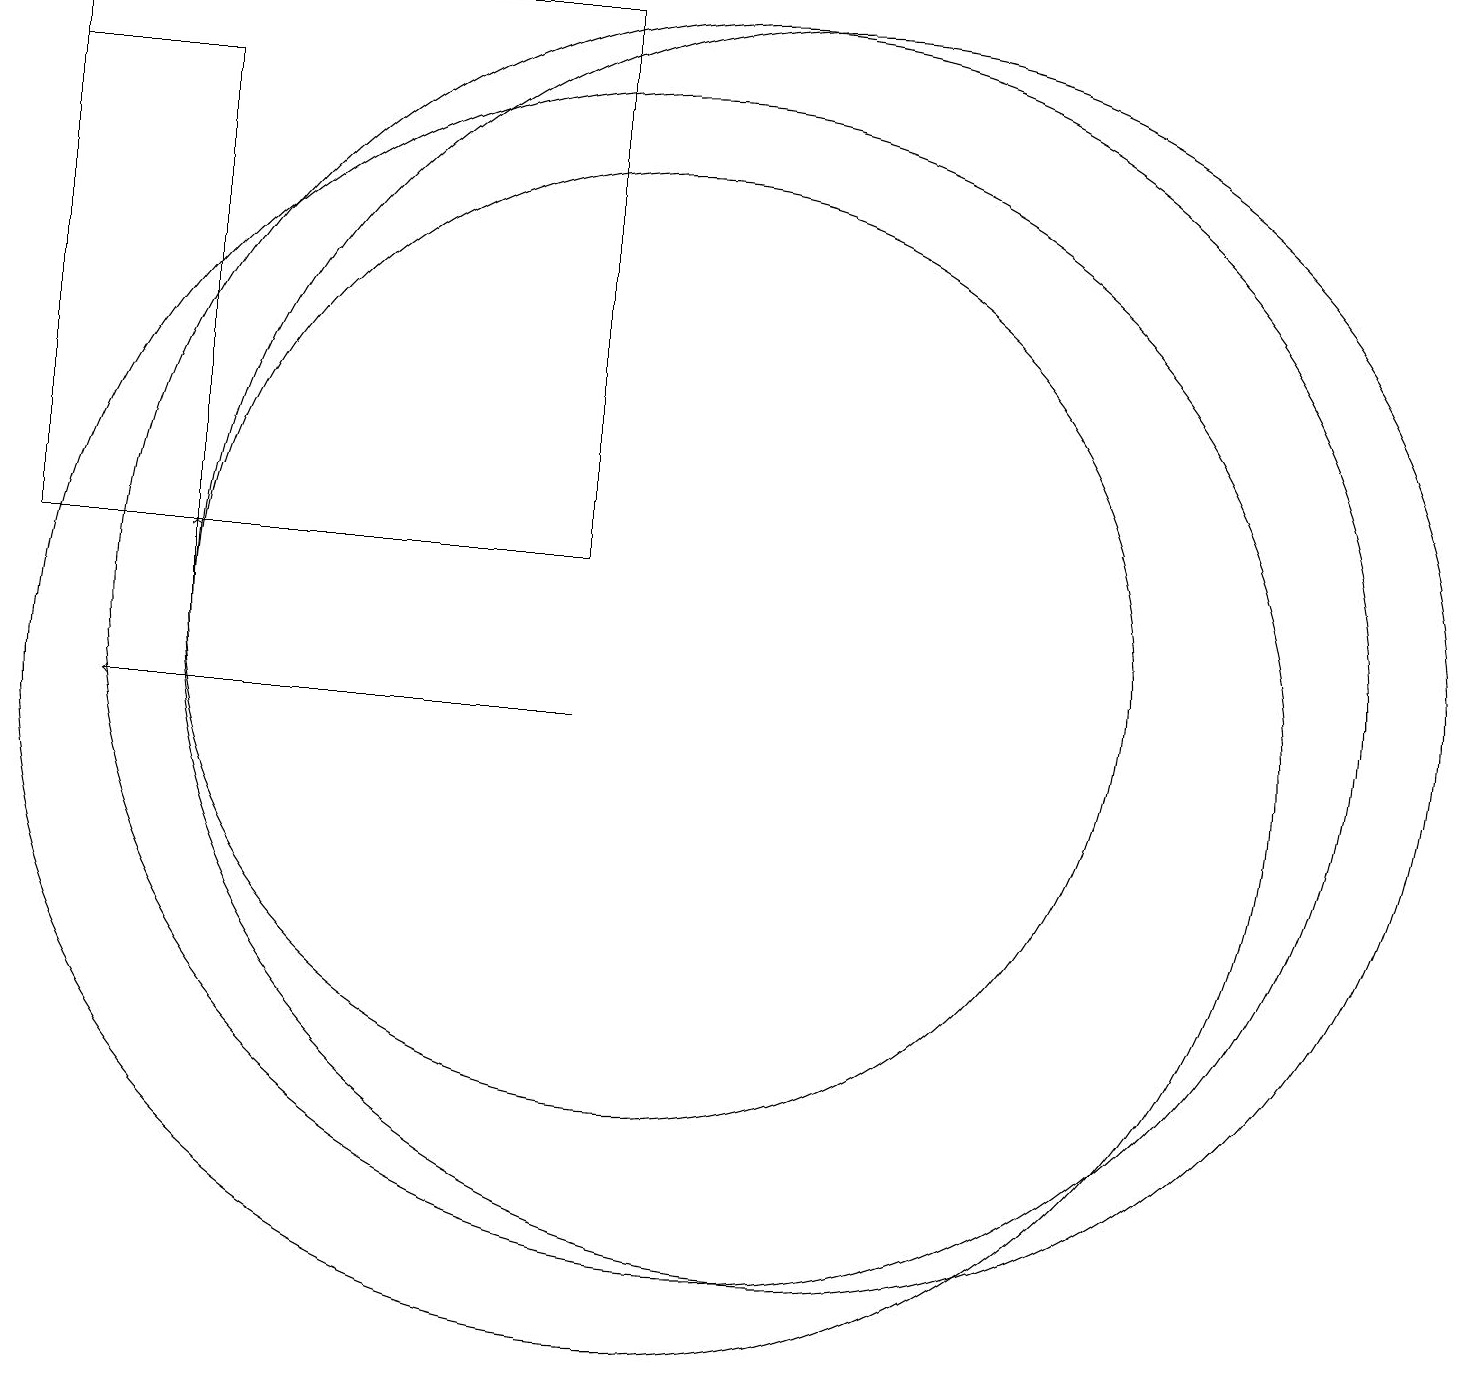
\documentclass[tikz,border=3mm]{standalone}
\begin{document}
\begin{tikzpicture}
\draw (9,19) rectangle (2,12);
\draw (10,10) circle (8);
\draw (4,18) rectangle (2,12);
\draw (10,11) circle (6);
\draw[->] (9,10) -- (3,10);
\draw[->] (4,11) -- (4,12);
\draw (12,11) circle (8);
\draw (11,11) circle (8);
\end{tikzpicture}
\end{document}